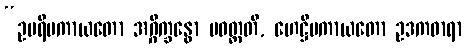
“ဥပရိမကာယတော အဂ္ဂိက္ခန္ဓော ပဝတ္တတိ, ဟေဋ္ဌိမကာယတော ဥဒကဓာရာ